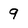
Character: 9